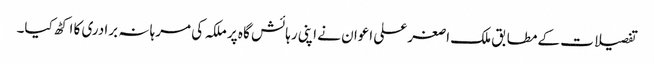
تفصیلات کے مطابق ملک ا صغر علی اعوان نے اپنی رہائش گا ہ پر ملکہ کی مرہا نہ برادری کا اکٹھ کیا۔